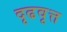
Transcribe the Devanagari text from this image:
दृढवृत्त